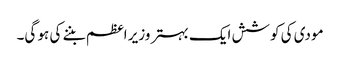
مودی کی کوشش ایک بہتر وزیر اعظم بننے کی ہو گی۔